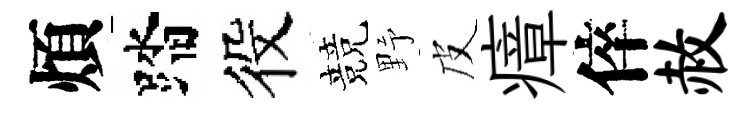
煩踏役競野皮瘴倅赦